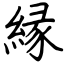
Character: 縁